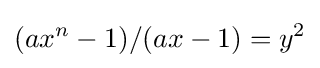
(ax^{n}-1)/(ax-1)=y^{2}